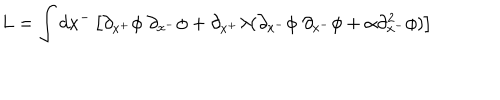
L = \int d x ^ { - } \left[ \partial _ { x ^ { + } } \phi \; \partial _ { x ^ { - } } \phi + \partial _ { x ^ { + } } \lambda ( \partial _ { x ^ { - } } \phi \; \partial _ { x ^ { - } } \phi + \alpha \partial _ { x ^ { - } } ^ { 2 } \phi ) \right]